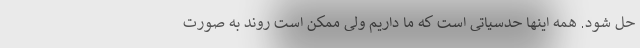
حل شود. همه اینها حدسیاتی است که ما داریم ولی ممکن است روند به صورت